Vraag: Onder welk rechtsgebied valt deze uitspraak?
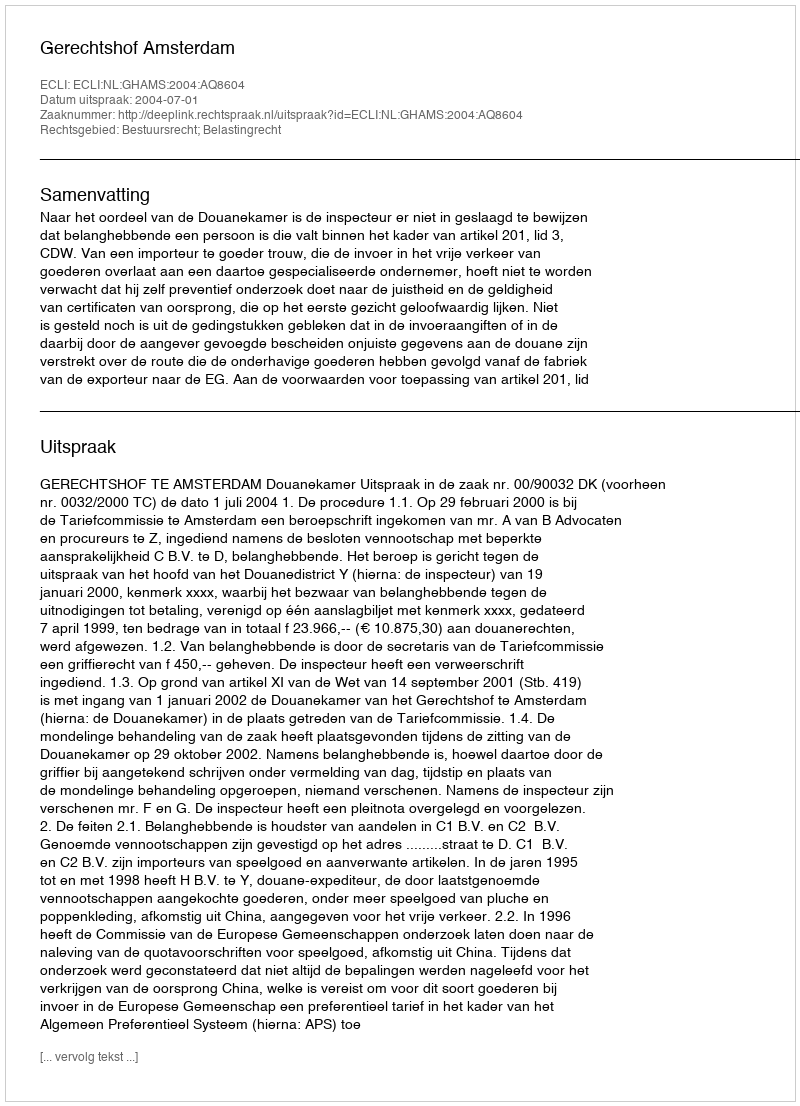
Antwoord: Bestuursrecht; Belastingrecht